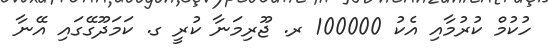
ހުކުމް ކުރުމާއި އެކު 100000 ރ. ޖޫރިމަނާ ކުރީ ގ. ކަމަދޫގޭގައި އޭނާ